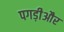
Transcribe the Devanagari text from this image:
पगड़ीऔर